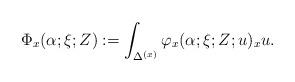
LaTeX: \begin{align*}\Phi_x(\alpha;\xi;Z) := \int_{\Delta^{(x)}} \varphi_x (\alpha;\xi;Z;u)_x u.\end{align*}